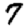
Digit: 7